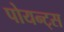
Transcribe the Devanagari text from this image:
पोयन्ट्‌स